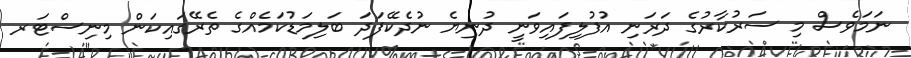
ނަމަވެސް މި ސަރުކާރުގެ ދަރަނި އުފުލިފައިވަނީ ދުނިޔެ ނުދެކޭފަދަ ބަލިމަޑުކަމެއްގެ ތެރޭގައިކަން މިނިސްޓަރ